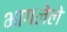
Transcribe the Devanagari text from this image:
भागलेले